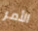
الأمر